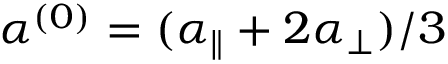
\alpha ^ { ( 0 ) } = ( \alpha _ { \parallel } + 2 \alpha _ { \perp } ) / 3